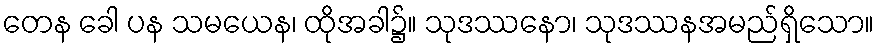
တေန ခေါ ပန သမယေန၊ ထိုအခါ၌။ သုဒဿနော၊ သုဒဿနအမည်ရှိသော။